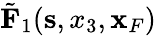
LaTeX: \tilde{\mathbf F}_{1}({\mathbf s},x_{3},{\mathbf x}_{F})